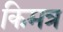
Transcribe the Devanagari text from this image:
किमत्र